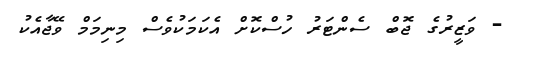
- ވަޒީރުގެ ޖޮބް ސެންޓަރު ހުސްކޮށް އެކަމަކުވެސް މިނިމަމް ވޭޭޖާއެކު